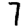
Digit: 7